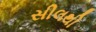
સીલથી